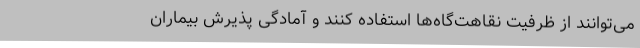
می‌توانند از ظرفیت نقاهت‌گاه‌ها استفاده کنند و آمادگی پذیرش بیماران